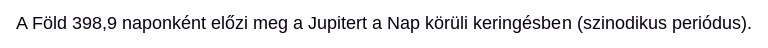
A Föld 398,9 naponként előzi meg a Jupitert a Nap körüli keringésben (szinodikus periódus).